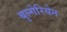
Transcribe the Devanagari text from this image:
बुल्गेरियेन